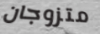
متزوجان